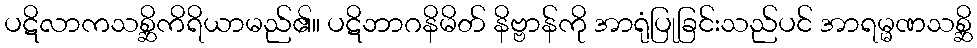
ပဋိလာကသစ္ဆိကိရိယာမည်၏။ ပဋိဘာဂနိမိတ် နိဗ္ဗာန်ကို အာရုံပြုခြင်းသည်ပင် အာရမ္မဏသစ္ဆိ